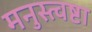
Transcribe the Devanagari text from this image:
मनुस्त्वष्टा